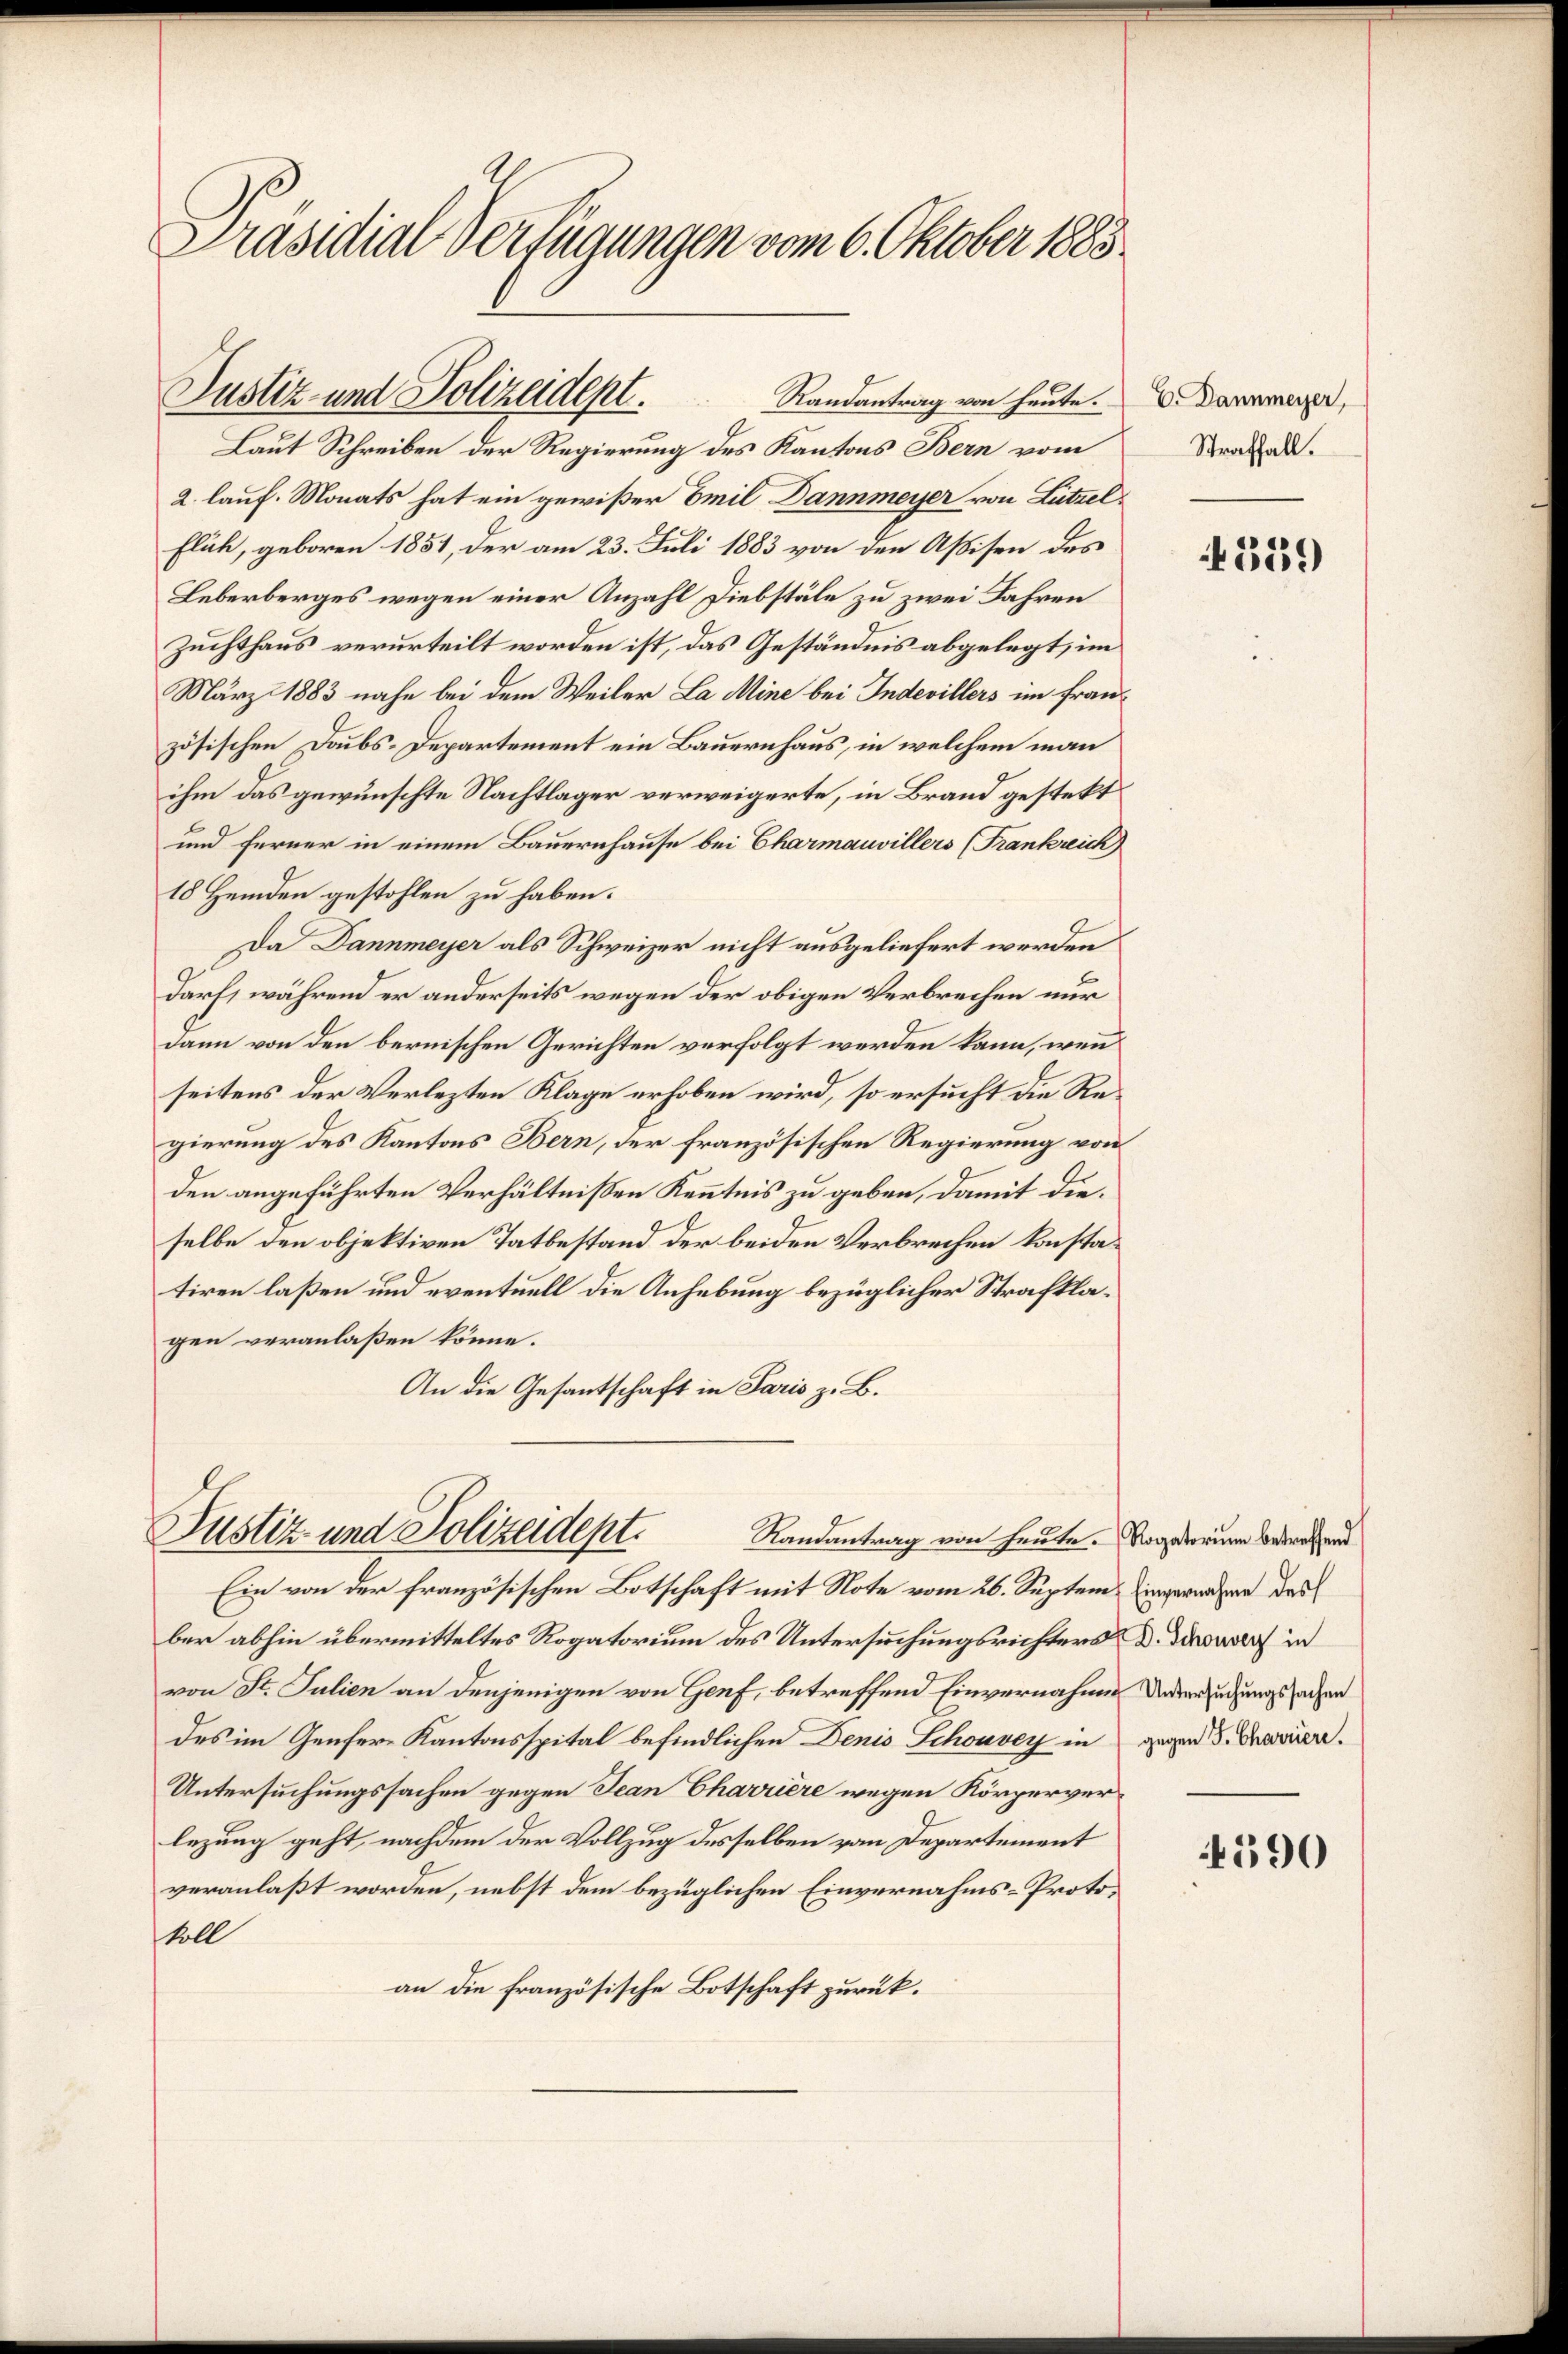
Präsidial-Verfügungen vom 6. Oktober 1883.

Justiz- und Polizeident.         Randantrag von heute. Daramer,
Laut Schreiben der Regierung des Kantons Bern vom

2. lauf. Monats hat ein gewißer Emil Dannmeyer von Lützel¬
Fläh, geboren 1851, der am 23. Juli 1883 von den Assisen des
Leberberges wegen einer Anzahl Diebstäle zu zwei Jahren
zuchthaus verurteilt worden ist, das Geständnis abgelegt, im
März 1883 nahe bei dem Weiler La Mine bei Indevillers im französischen Doubs-Departement ein Bauernhaus, in welchem man
ihm das gewünschte Nachtlager verweigerte, in Brand gestekt
und Ferner in einem Bauernhause bei Charmauvillers (Frankreich
18 Hemden gestohlen zu haben.
Da Dannmeyer als Schweizer nicht ausgeliefert werden
darf, während er anderseits wegen der obigen Verbrechen nur
dann von den bernischen Gerichten verfolgt werden kann, wenn
seitens der Verlezten Klage erhoben wird, so ersucht die Regierung des Kantons Bern, der französischen Regierung von
den angeführten Verhältnißen Kenntnis zu geben, damit dieselbe den objektiven Tatbestand der beiden Verbrechen konstatiren laßen und eventuell die Anhebung bezüglicher Strafklagen veranlaßen könne.
An die Gesantschaft in Paris z. B.

Justiz und Polizeidept.
Randantrag von heute. Rogatorium betreffend
Ein von der französischen Botschaft mit Note vom 26. Septem ingewandern das

ber abhin übermitteltes Rogatorium des Untersuchungsrichters D. Dieser in
von St. Julien an denjenigen von Genf, betreffend Einvernahme Untersuchungssachen
des im Genfere Kantonsspital befindlichen Denis Schonvey in gegen d. Craviere.
Untersuchungssachen gegen Jean Charrière wegen Körperverlezung geht, nachdem der Vollzug desselben vom Departement
veranlaßt worden, nebst dem bezüglichen Einvernahms-Proto¬
Voll
an die französische Botschaft zurück.

Straffall.

359

4390